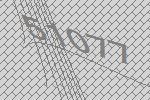
51077